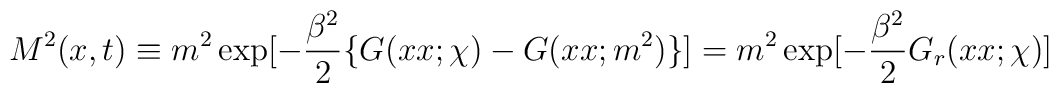
M^2(x,t) \equiv   m^2 \exp[-{\beta^2 \over2}\{G(xx;\chi)-G(xx;m^2) \} ]= m^2 \exp[-{\beta^2 \over2}G_r(xx;\chi)]